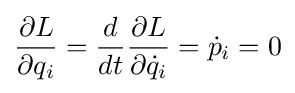
{\frac {\partial L}{\partial q_{i}}}={\frac {d}{dt}}{\frac {\partial L}{\partial {\dot {q}}_{i}}}={\dot {p}}_{i}=0